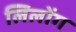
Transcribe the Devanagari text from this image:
लिलोंग